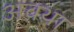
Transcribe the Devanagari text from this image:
अवथा